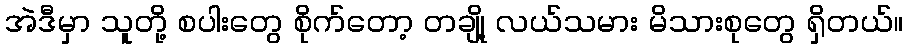
အဲဒီမှာ သူတို့ စပါးတွေ စိုက်တော့ တချို့ လယ်သမား မိသားစုတွေ ရှိတယ်။